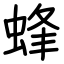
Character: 蜂